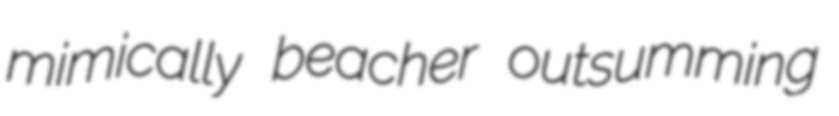
mimically beacher outsumming